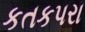
કતકપરા